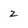
Character: 2